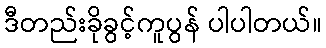
ဒီတည်းခိုခွင့်ကူပွန် ပါပါတယ်။